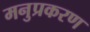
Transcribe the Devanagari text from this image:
मनुप्रकरण